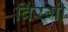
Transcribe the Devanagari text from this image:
बिंरगी